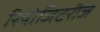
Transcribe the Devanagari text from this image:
रिपोजिटरीज